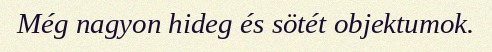
Még nagyon hideg és sötét objektumok.